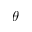
\theta